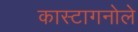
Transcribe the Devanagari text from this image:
कास्टागनोले